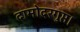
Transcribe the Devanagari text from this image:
दामोदरगुप्त।